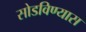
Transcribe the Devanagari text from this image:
सोडविण्यास